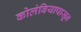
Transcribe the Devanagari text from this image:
कोलंबियापासून